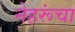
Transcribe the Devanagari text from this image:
नेहरूंचा